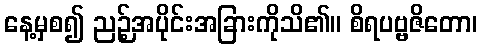
နေ့မှစ၍ ညဉ့်အပိုင်းအခြားကိုသိ၏။ စိရပဗ္ဗဇိတော၊